Vital statistics of India. Vol. V, Reports of 1876 on armies & jails and on epidemic cholera
Year: 1876
Disease focus: Cholera
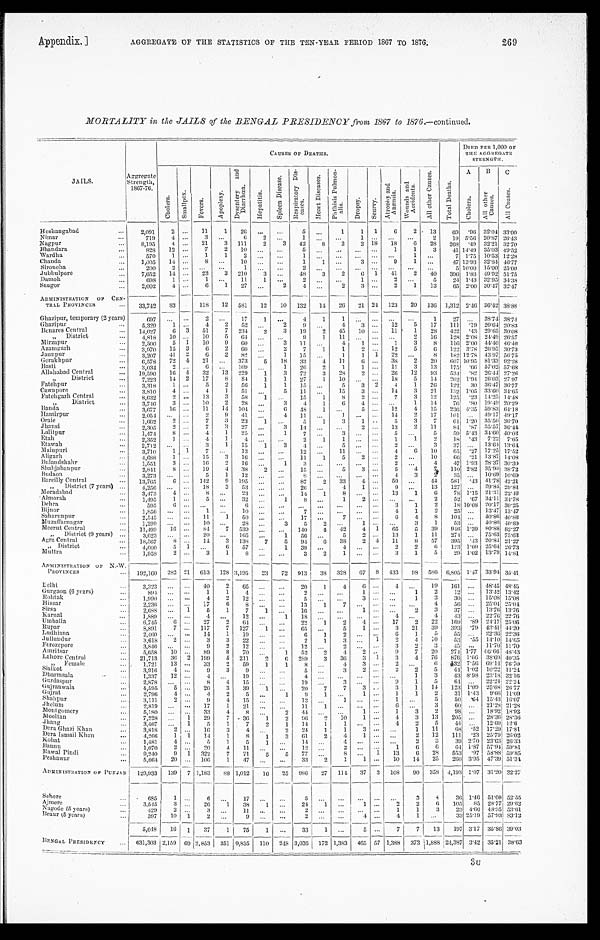
Appendix.]
AGGREGATE OF THE STATISTICS OF THE TEN-YEAR PERIOD 18G7 TO 187G.
269
MORTALITY in the JAILS of the BENGAL PRESIDENCY from 1867 to 1876.—continued.
CAUSES OF DEATHS.
DIEDPER 1,000 OF T H E A G G R E G A T E
STRENGTH.
JAILS.
A g g r e g a t e
St r e n g h t , 1 8 6 7 - 7 6 .
C h o l e r a .
Smal l pox
F e v e r s .
A p o p l e x y .
D y s e n t e r y a n d D i a r r h œ a .
H e p a t i t i s .
S p l e e n D i s e a s e .
R e s p i r a t o r y D i s e a s e s .
H e a r t D i s e a s e s .
P h t h i s i s P u l m o n - a l i s .
D r o p s y .
S c u r v y .
A t r o p h y a n d A n æ m i a .
W o u n d s a n d A c c i d e n t s .
A l l o t h e r C a u s e s .
T o t a l D e a t h s .
A C h o l e r a .
B A l l o t h e r C a u s e s .
C
All Causes.
H o s h a n g a b a d
2,091
2 11 1 26
5
1 1 1 6 2 13 69
. 9 6
32.04 33.00
N imar
719
4
3
6 2
1
1
2 19
5 . 5 6
20. 87 26.43
Nagpur
8,195
4 21 3 111 2 3 42 8 2 2 18 18
6 28 268 . 4 9
32. 21 32.70
B h a n d a r a
8 2 8 12
7 2 10
5
1 1 3 41
1 4 . 4 9
35. 03 49.52
Wardha
570
1
1 1 2
1
1
7
1 . 7 5
10. 53 12.28
C h a n d a 1,005 14
8
10
1 1
3
9 1
47
1 3 . 9 3
32.84 46.77
S i r o n c h a
200
2
1
2
5
1 0 . 0 0
15. 00 25.00
J u b b u l p o r e 7,652 14
23 3 210 3
48 3 2 6 1 41
2 40 396 1 . 8 3
49. 92 51.75
Damoh
6 9 8 1
1
11 1
2
1
2
5
2 4 1 . 4 3
32. 95 34.38
Saugor
2,002
4
6 1 27
2 4
2 3
2 1 13 65
2 . 0 0
30.47 32.47
ADMINISTRATION OF CEN-
TRAL PROVINCES 33,742 83
118 12 581 12 10 132 1 4
26 21 24 123 20 136
1 , 3 1 2
2.46 36.42 38.88
Ghazipur, temporary (2 years)
6 9 7
2
17 1
4 1 1
1 27
38.74 38.74
G h a z i p u r
5 , 3 2 9
1
4 2 52
2 9
4 3
12 5 17 111 .1920.64 20.83
Benares Central
1 4 , 0 2 7 6
3 51 7 234 2
3 19
2 45 10
11
1 28 422 .4329.65 30.08
„ D i s t r i c t
4 , 8 1 8 10
10 5 64
9 1 11
2 1 6
128 2.08
2 4 . 4 9
26.57
M i r z a p u r
2 , 5 0 0
5 1 10 9 60
3 11
4 1
1 3 8 116 2.00 44.40 46.40
A z a m g a r h
3 , 9 7 0
1 5 3 6 2 60
2 7
1 1 2
12 5 6 122 3.7826.95 30.73
J a u n p u r
3 , 2 0 7
4 1 2 6 2 82
1 15
1 1 1 22
8 182 12.78 43.97 56. 75
G o r a k h p u r
6 , 5 7 8
7 2 4
2 1
3735 18 33
4 11 6
38
2 20 607 10.95 81.33 92. 28
B a s t i
3 , 0 3 4 2
6
109
1 26 2 1 1
11 3 13 175 .66 57.02 57.68
A l l a h a b a d C e n t r a l
1 9 , 5 9 0
1 6 4
32 13 229 1 3
72
3 28
2 26
1 2
9 3
5 3 4
.8226.44 27.26
„ D i s t r i c t
7 , 2 2 3 14 2 17 8 84 1 1 27 1 10
18 5 1 4
202 1.94 26.03 27. 97
F a t e h p u r
3 , 3 1 8 1
5
2 56 1 1 15
5
3 2 4 1 2 6
122 30 36.47 36.77
C a w n p o r e
3,810 4
4 1
51
5 11
15 3
14 3 2 1
132 1.05 33.60 34.65
F a t e h g a r h C e n t r a l
8 , 6 3 2 2
13 3 58
1
15
1 8 2
7 3 12 125 .23 14.25 14.48
„ D i s t r i c t
3 , 7 4 6
3
10 2 28
3
4 1 6 4
1 14 7 6 .80 19.49 20.29
B a n d a
3 , 6 7 7
1 6 11 14 104
6 48
1
5
12 4 15 236 4.35 59.83 64.18
H a m i r p u r
2 , 0 5 4
2 9 41
4 11
1
14 2 17 101
49.17 49.17
O r a i e
1 , 6 6 2
2
7
3 23 1
5
1 3 1
5 3 7
6 1
1.20 35.50 36.70
J h a n s i
2 , 3 0 5 2
7
3 27
3
1 4
2
13 2 11 84 .87 35.57 36.44
L a l i t p u r
1 , 4 7 4 8
4 1 25
1
7
3
5
5
5 9
5.43 34.60 40.03
Etah
2 , 3 5 2
1
4 1 4
2 1 1
1 1 2
1 8 .43 7.22 7.65
Etawah
2,712
3
1 15 1 3 4
5
2
3 37
13.64 13.64
M a i n p u r i 3,710 1 1 7
13
12
11
4 6 10 65 .27 17.25 17.52
Aligarh
4 , 6 8 8 1
15 3 16
11
1
5 2
2
10
6 6 .21 13.87 14.08
B u l a n d s h a h r
1 , 5 5 1
3
16 2
1 6
1 3
2
4 47 1.93 28.37 30.30
S h a h j a h a n p u r
2 , 8 4 1 8
1 9 4 3 8 2
15
5 3
5
4 7 110 2.82 35.90 38.72
B u d a o n
3 , 2 7 3
5
1 1 2
8
4 3
2
3 5 10.69 10.69
Bareilly Central 13,765
6
1 4 2 9 195
87
2 33 4
59
4 4
5 8 1 .43 41.78 42.21
„ D i s t r i c t ( 7 y e a r s )
4,256
18 3 53
26
4
1
9
13
1 2 7
29.84 29.84
Moradabad
3,473 4
8
23
14 1 8
13 1
6 7 8 1.15 21.3122.46
Almorah
1,495 1
5
3 2
1 8
1 2
2
5 2
.6734.1134.78
Dehra
595
6
6
3 1 2
1 8 10.0820.1730.25
B i j n o r 1,856
1
10
7
4 1
2
2 5
13.4713.47
Saharunpur
2 , 5 4 5
11 1 50
17
7
6
4
8
1 0 4
40.86 40.86
Muzaffarnagar
1,299
10
28
3 5
2
1
3 1 53
40.80 40.80
Meerut Central
11,499
1 6
84 7 539
140 4 42 4 1 65 5
3 9
9 4 6
1.3980.88 82.27
„ District (9 years)
3,623
20
165
1 56
5 2
13 1
1 1
2 7 4
75.6375.63
Agra Central
18,567 8
14 3 138 7 5 94 6 38 2 4 11
8
5 7
3 9 5 .4320.84 21.27
„ District
4,600 5 1
6 57
1 39
4
2 2
6
1 2 3 1. 09 25.64 26.73
Muttra
1,958 2
3 1
8
3 2 1
3
1
5
2 9
1.0213.7914.81
ADMINISTRATION OF N.-W.
PROVINCES
192,160 282 21 613 128 3,195 23 72 913 38 328 67 8 433 98
5 8 6
6 , 8 0 5 1.47 33.94
3 5 . 4 1
De l hi
3 , 3 2 3
40
2 65
20
1 4
6
4
19 161
48.45 48.45
Gurgaon (6 years)
8 9 4
1 1 4
2
1
1 2 12
13.42 13.42
Rohtak
1,990
4 2 12
5
3
1
3 30
15.08 15.08
Hissar
2,236
17
6 8
13 1 7
4 5 6
25.04 25.04
Sirsa
2,688
1 5 1 7 1
16
1
2
3
3 7
13.76 13.76
Karnal
1,889
4
12
1
18
4
4
4 3
22.76 22.76
Umballa
6,745 6
27 2
6 4
22 1 2 4
17 2
2 2
1 6 9 .89 24.17 25.06
Rupar
8,891 7
117 7 127 1
65
5 1
3 2 1
3 9
3 9 3 .7943.41 44.20
Ludhiana
2 , 4 6 0
14 1 19
6 1 2
6 1
5
5 5
22.36 22.36
Jullundur 3,618 2
3 3 22
2 1 3
1 2
4 1 0
5 3 .5514.10 14.65
Ferozepore
3,846
9 2
1 2
12
2
3 2
3
4 5
11.7011.70
- Amr i t s a r 5,658 10
89 8 70
1 52 2 4 2
9 7 20 274 1.77 46.66 48.43
Lahore Central 21,713 36 2 199 5 211 2
6 289 3 36 3 1 3 4 7 6
8 7 6 1.66 38.69 40.35
„ Female
1 , 7 2 1
1 3
33 2 59 1 1 8
4 3
2
6
1 3 2 7.56 69.14 76.70
Sialkot
3,916
4
9 3 9
5
3
2
2 2
5
4 4 1.02 10.22 11.24
Dharmsala
1,337 12
4
1 9
4
1
3
4 3 8.98 23.18 32.16
Gurdaspur
2,878
8 4 15
19
3
9 1 5 64
22.24 22.24
G u j r a n w a l a 4,595
5
20 3 39 1
20 7 7 3
3 1
1 4
1 2 3 1.09
2 5 . 6 8 26.77
G u j r a t 2,796 4
4 2
5
1
9
1
1
1
1 2
3 1 1.43 9.66 11.09
Shahpur
3,111 2
9 4 15
13
1
1
5
5 0 .64 15.43 16.07
Jhelum
2,819
17 1
2 1
1 1 1
6
3
6 0
21.28 21.28
M o n t g o m e r y 5,180
33 4 8
2
44
1
1
3 2
9 8
18.92 18.92
M o o l t a n
7,228
1 29 7 36 1 2 96 2 10 1
4 3
1 3 205
28.3628.36
J h a n g 3,467
1 5 1 7 2 1 14 1 1
4
2 5
4 4
12.69 12.6
De r a Gh a z i Kh a n
3,818 2
16 3 4
2
2 4 1 1 3
1 1 1
6 8 .52 17.29 17.81
Dera Ismail Khan 4,266
1 1 14 1 8 1 3 61 2 4 1
2
1 2
1 1 1 .23 25.7926.02
K o h a t
1,481
4
5
1 5
1
14
4
2
3
3 9 2.70 23.63 26.33
Bannu 1,070 2
20 4 11
12
2
1
6 6
6 4 1 . 8 7 57.94 59.81
R a w a l P i n d i
9 , 2 4 0 9 1 322 7 71 5 5 77
8
1 13
6 28
5 5 3 .97 58.88 59.85
Peshawar
5,064 20
106 1 47
33 2 1 1
10 14
2 5
260 3.9547.39 51.34
ADMINISTRATION OF PUNJAB 129,933 139 7 1,183 88 1,012 16 25 986 27 114 37 3 108 90 358 4,193 1.07 31.20 32.27
Schore
685 1
6
17
5
3 4 36 1.46 51.09 52.55
Ajmere
3,545 3
26 1 38 1
24 1
1
2
2
6
1 0 5 85
2 8 . 7 7 29.62
Nagode (5 years)
429
2
3
1 1
2
1
1
3 23 4.66
4 8 . 9 5 53.61
Beaur (5 years)
397 10 1 2
9
2
4
4
1
3 3
25.1957.9383.12
5 , 0 4 8
16 1 37 1 75 1
33
1
5
7 7 13
197 3.17 35.86 39.03
BENGAL PRESIDENCY
631,303 2,159 69 2,853 351 9,835 110 248 3,036
1 7 2
1,383 465 57 1,388 373 1,888 24,387 3.42 35.21 38.63
3U